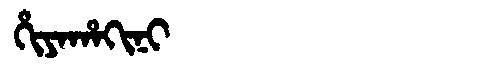
Manchu: ᡥᡳᠶᠠᡥᠠᡴᡳᠨᡳ
Romanization: HIYAHAKINI